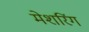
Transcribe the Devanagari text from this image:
मेशरिंग